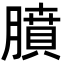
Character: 膹